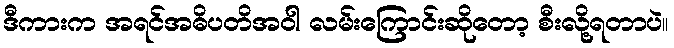
ဒီကားက အရင်အဓိပတိအဝါ လမ်းကြောင်းဆိုတော့ စီးလို့ရတာပဲ။